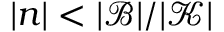
| n | < | \mathcal { B } | / | \mathcal { K } |